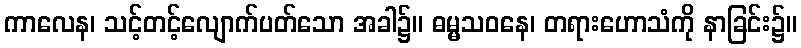
ကာလေန၊ သင့်တင့်လျောက်ပတ်သော အခါ၌။ ဓမ္မသဝနေ၊ တရားဟောသံကို နာခြင်း၌။